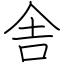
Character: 舎